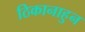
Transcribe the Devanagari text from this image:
ठिकानाहुन